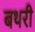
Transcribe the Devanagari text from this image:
बथरी